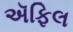
ઍફિલ